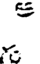
క